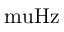
\mathrm { { \ m u H z } }